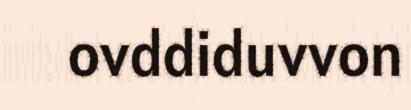
ovddiduvvon